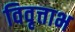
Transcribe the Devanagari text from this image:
विवृत्ताभ